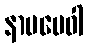
နာမမေဝါ